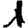
Digit: 1